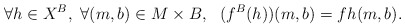
\begin{align*}\quad\forall h\in X^B, ~\forall (m, b)\in M\times B,~~ (f^B(h))(m, b) = fh (m,b).\end{align*}